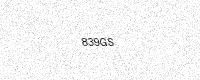
Text: 839GS